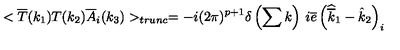
< \overline { { T } } ( k _ { 1 } ) T ( k _ { 2 } ) \overline { { A } } _ { i } ( k _ { 3 } ) > _ { t r u n c } = - i ( 2 \pi ) ^ { p + 1 } \delta \left( \sum k \right) \: i \overline { { e } } \left( \widehat { \overline { { k } } } _ { 1 } - \hat { k } _ { 2 } \right) _ { i }